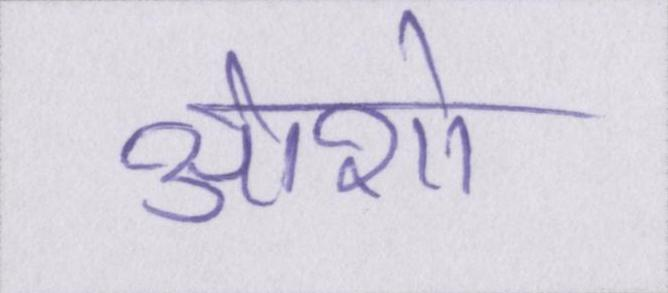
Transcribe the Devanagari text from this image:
ओशो